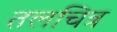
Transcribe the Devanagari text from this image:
तलचित्र